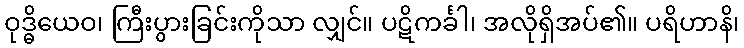
ဝုဒ္ဓိယေဝ၊ ကြီးပွားခြင်းကိုသာ လျှင်။ ပဋိကင်္ခါ၊ အလိုရှိအပ်၏။ ပရိဟာနိ၊